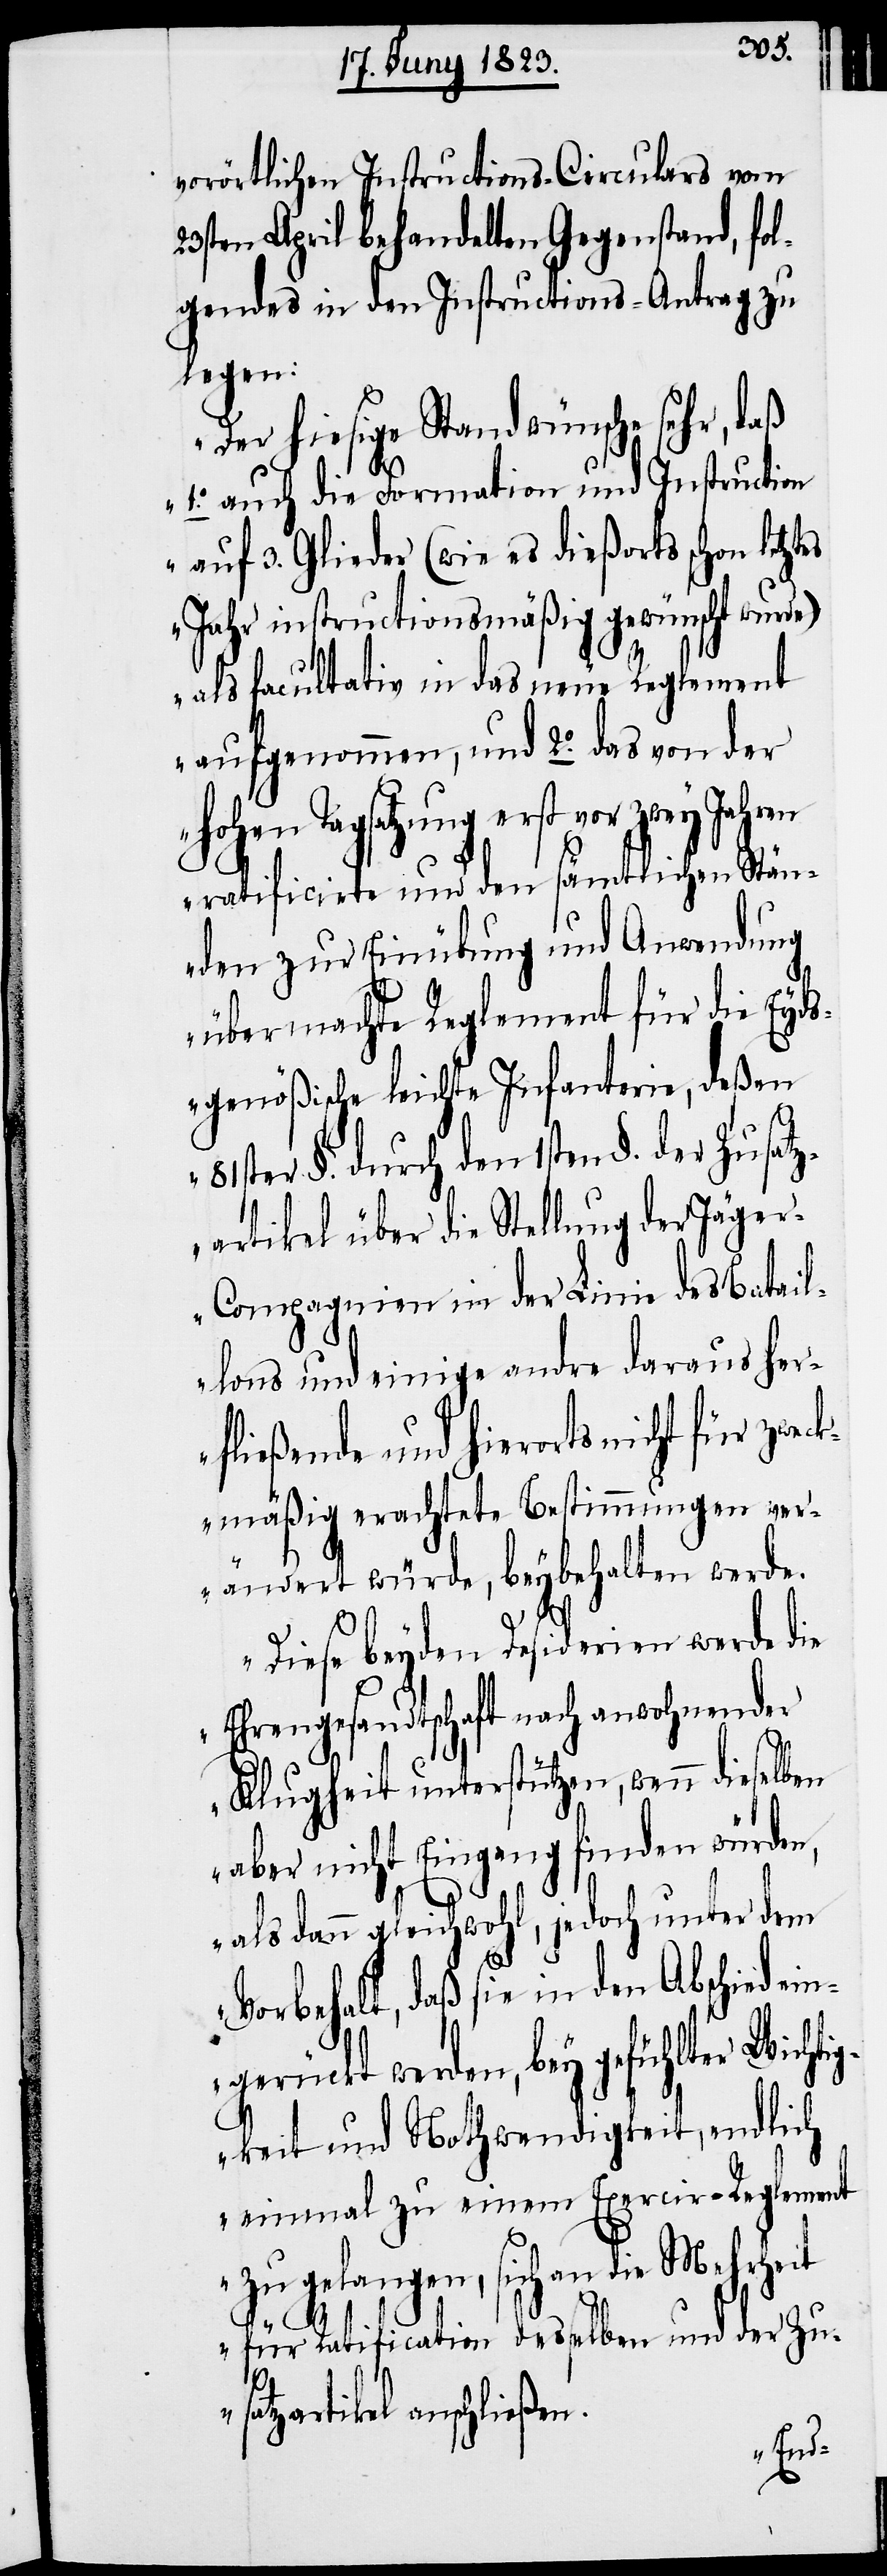
vorörtlichen Instructons-Circulars vom
23sten April behandelten Gegenstand, fol¬
gendes in den Instructions-Antrag zu
legen:
„Der hiesige Stand wünsche sehr, daß
1.° auch die Formation und Instruction
auf 3. Glieder (wie es dießorts schon letztes
Jahr instructionsmäßig gewünscht wurd¬
als facultativ in das neue Reglement
aufgenommen, und 2.° das von der
hohen Tagsatzung erst vor zwey
ratificirte und den sämtlichen Stän¬
den zur Einübung und Anwendung
übermachte Reglement für die Eyds¬
genößische leichte Infanterie, deßen
81ster §. durch den 1sten §. der
zartikel über die Stellung der Jäge¬
r-Compagnien in der Linie des Batail¬
lons und einige andre daraus her¬
fließende und hierorts nicht für zwe¬
ckmäßig erachtete Bestimmungen ver¬
ändert würde, beybehalten werde.
Diese beyden Desiderien werde die
Ehrengesandtschaft nach anwohnender
e)
Klugheit unterstützen, wenn dieselben
aber nicht Eingang finden würden,
als dann gleichwohl, jedoch unter dem
Vorbehalt, daß sie in den Abschied ei¬
ngerückt werden, bey gefühlter Wichtig¬
keit und Nothwendigkeit, endlich
einmal zu einem Exercir-Reglement
zu gelangen, sich an die Mehrheit
Zusat¬
für Ratification desselben und der Zu¬
satzartikel anschließen.